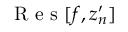
\mathrm { ~ R ~ e ~ s ~ } [ f , z _ { n } ^ { \prime } ]